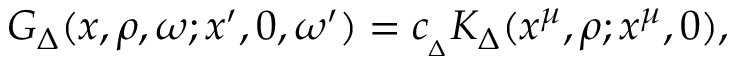
{ G _ { \Delta } ( x , \rho , \omega ; x ^ { \prime } , 0 , \omega ^ { \prime } ) = c _ { _ { \Delta } } K _ { \Delta } ( x ^ { \mu } , \rho ; x ^ { \mu } , 0 ) , }